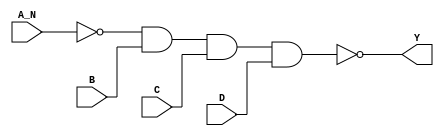
`timescale 1ps/1ps
module cell_nand4b
(
    input wire A_N,
    input wire B,
    input wire C,
    input wire D,
    output wire Y
);
    assign Y = !(!A_N & B & C & D);
endmodule